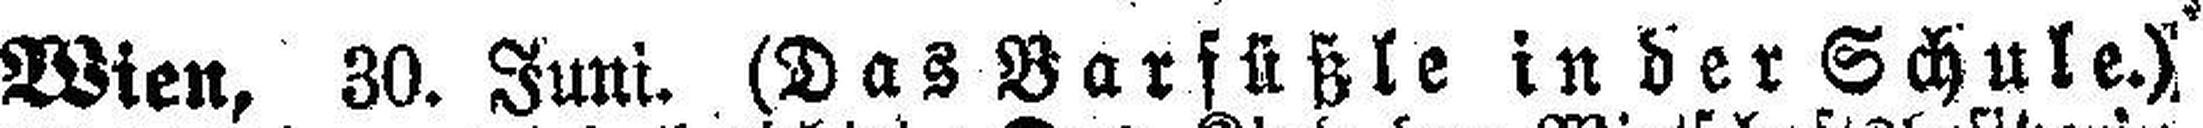
Wien, 30. Juni. (Das Barfüßle in der Schule.)